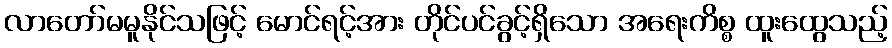
လာတော်မမူနိုင်သဖြင့် မောင်ရင့်အား တိုင်ပင်ခွင့်ရှိသော အရေးကိစ္စ ထူးထွေသည့်